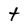
Character: t